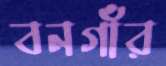
বনগাঁর